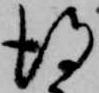
得